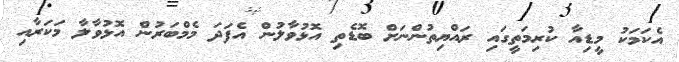
އެކަމަކު މީޑިއާ ކުރިމަތީގައި ރައްޔިތުންނަށް ބޮޑެތި އޮޅުވާލުން އެފަދަ މެމްބަރުން އޮޅުވާލާ މަކަރާއި